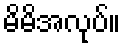
မိမိအလုပ်။